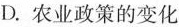
D.农业政策的变化